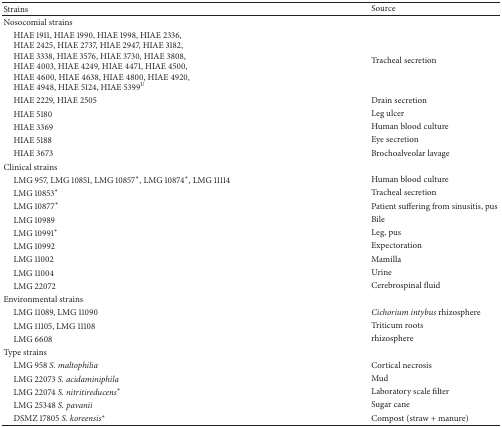
| Strains | Source |
 | --- | --- |
 | Nosocomial strains |  |
 | HIAE 1911, HIAE 1990, HIAE 1998, HIAE 2336,HIAE 2425, HIAE 2737, HIAE 2947, HIAE 3182,HIAE 3338, HIAE 3576, HIAE 3730, HIAE 3808,HIAE 4003, HIAE 4249, HIAE 4471, HIAE 4500,HIAE 4600, HIAE 4638, HIAE 4800, HIAE 4920,HIAE 4948, HIAE 5124, HIAE 5399U | Tracheal secretion |
 | HIAE 2229, HIAE 2505 | Drain secretion |
 | HIAE 5180 | Leg ulcer |
 | HIAE 3369 | Human blood culture |
 | HIAE 5188 | Eye secretion |
 | HIAE 3673 | Brochoalveolar lavage |
 | Clinical strains |  |
 | LMG 957, LMG 10851, LMG 10857*, LMG 10874*, LMG 11114 | Human blood culture |
 | LMG 10853* | Tracheal secretion |
 | LMG 10877* | Patient suffering from sinusitis, pus |
 | LMG 10989 | Bile |
 | LMG 10991* | Leg, pus |
 | LMG 10992 | Expectoration |
 | LMG 11002 | Mamilla |
 | LMG 11004 | Urine |
 | LMG 22072 | Cerebrospinal fluid |
 | Environmental strains |  |
 | LMG 11089, LMG 11090 | Cichorium intybus rhizosphere |
 | LMG 11105, LMG 11108 | Triticum roots |
 | LMG 6608 | rhizosphere |
 | Type strains |  |
 | LMG 958 S. maltophilia | Cortical necrosis |
 | LMG 22073 S. acidaminiphila | Mud |
 | LMG 22074 S. nitritireducens* | Laboratory scale filter |
 | LMG 25348 S. pavanii | Sugar cane |
 | DSMZ 17805 S. koreensis* | Compost (straw + manure) |